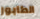
الطابور